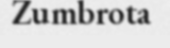
Zumbrota